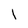
Character: l